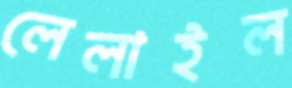
লেলাইল